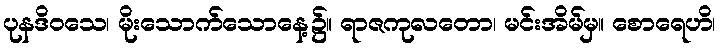
ပုနဒိဝသေ၊ မိုးသောက်သောနေ့၌။ ရာဇကုလတော၊ မင်းအိမ်မှ။ စောရေဟိ၊